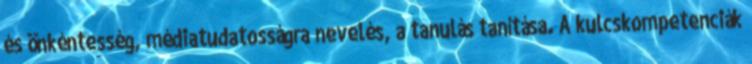
és önkéntesség, médiatudatosságra nevelés, a tanulás tanítása. A kulcskompetenciák